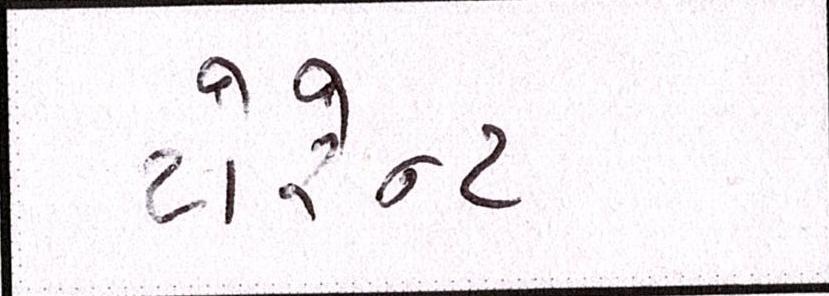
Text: ટોરેન્ટ